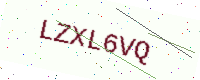
Text: LZXL6VQ